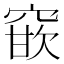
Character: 𮄈